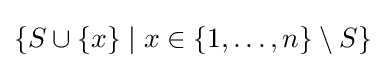
\{S\cup \{x\}\mid x\in \{1,\dots ,n\}\setminus S\}